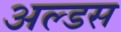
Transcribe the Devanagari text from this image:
अल्डस